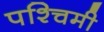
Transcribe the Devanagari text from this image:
पश्‍चिमी